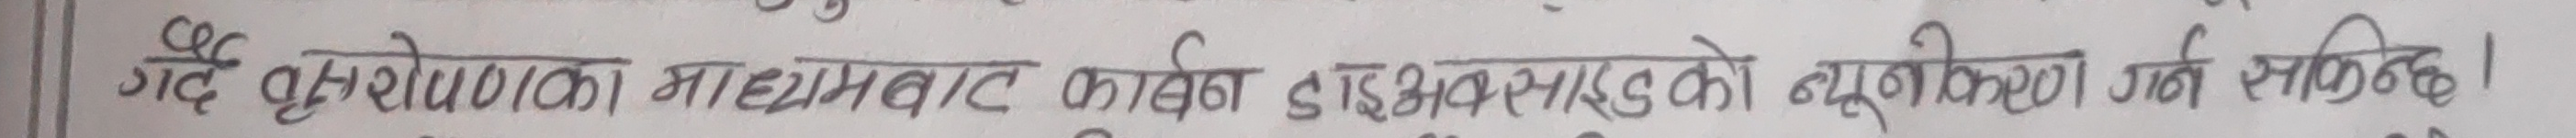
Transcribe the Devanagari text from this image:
गर्दै वृक्षारोपणका माध्यमबाट कार्बन डाइअक्साइडको न्यूनीकरण गर्न सकिन्छ।